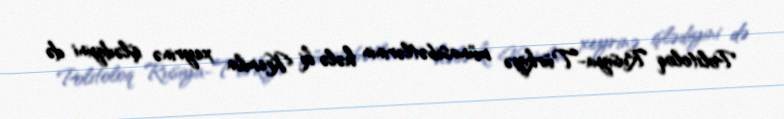
Politoloq Rusiya-Türkiyə münasibətlərinin hələ ki Kremlin xeyrinə işlədiyini də